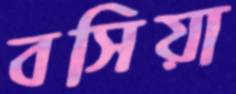
বসিয়া